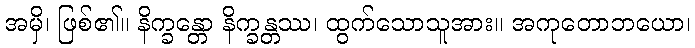
အမှိ၊ ဖြစ်၏။ နိက္ခန္တော နိက္ခန္တဿ၊ ထွက်သောသူအား။ အကုတောဘယော၊